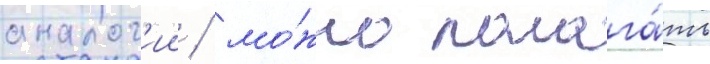
аналог'ии / мо́жно полага́ть